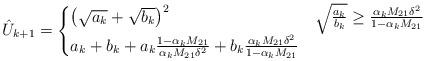
LaTeX: \begin{align*}\hat U_{k+1} &=\begin{cases}\left( \sqrt{a_k} + \sqrt{b_k} \right)^2 & \sqrt{\frac{a_k}{b_k}} \ge \frac{\alpha_k M_{21} \delta^2}{1-\alpha_k M_{21}} \\a_k+b_k+ a_k \frac{1-\alpha_k M_{21}}{\alpha_k M_{21} \delta^2}+b_k \frac{\alpha_k M_{21} \delta^2}{1-\alpha_kM_{21}} & \end{cases}\end{align*}